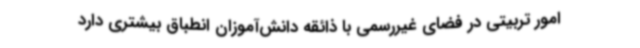
امور تربیتی در فضای غیررسمی با ذائقه دانش‌آموزان انطباق بیشتری دارد